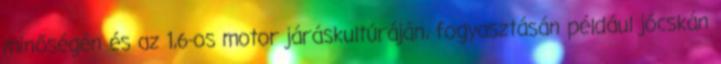
minőségén és az 1,6-os motor járáskultúráján, fogyasztásán például jócskán